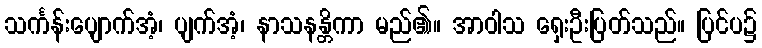
သင်္ကန်းပျောက်အံ့၊ ပျက်အံ့၊ နာသနန္တိကာ မည်၏။ အာဝါသ ရှေးဦးပြတ်သည်။ ပြင်ပ၌